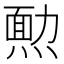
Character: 𤎂